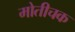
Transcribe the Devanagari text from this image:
मोतीचक